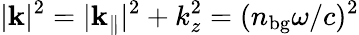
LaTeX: |{\mathbf k}|^{2}=|{\mathbf k}_{\parallel}|^{2}+k_{z}^{2}=(n_{\mathrm{bg}}\omega/c)^{2}